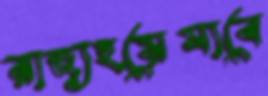
রাজ্যহয়েযাবে